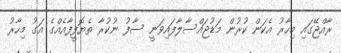
ރާއްޖޭގައި މިހާރު އެކަން ކުރުން މަޑުޖައްސާލާފައިވަނީ ސާފު ނުކުރާ ތެޔޮފީފާއެއްގެ އަގު މިހާރު